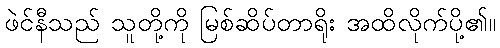
ဖဲင်နီသည် သူတို့ကို မြစ်ဆိပ်တာရိုး အထိလိုက်ပို့၏။